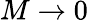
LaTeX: M\to 0